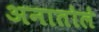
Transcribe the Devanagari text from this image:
अनातोले